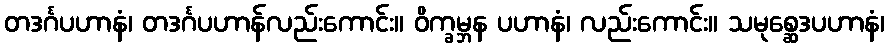
တဒင်္ဂပဟာနံ၊ တဒင်္ဂပဟာန်လည်းကောင်း။ ဝိက္ခမ္ဘန ပဟာနံ၊ လည်းကောင်း။ သမုစ္ဆေဒပဟာနံ၊